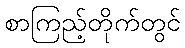
စာကြည့်တိုက်တွင်